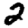
Digit: 2